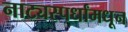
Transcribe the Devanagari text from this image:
नाट्यस्पर्धांमधून